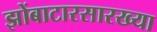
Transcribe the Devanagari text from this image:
झोंबाटारसारख्या